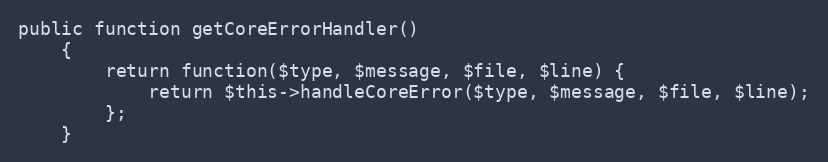
Language: PHP
public function getCoreErrorHandler()
    {
        return function($type, $message, $file, $line) {
            return $this->handleCoreError($type, $message, $file, $line);
        };
    }